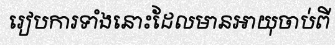
រៀបការទាំងនោះដែលមានអាយុចាប់ពី